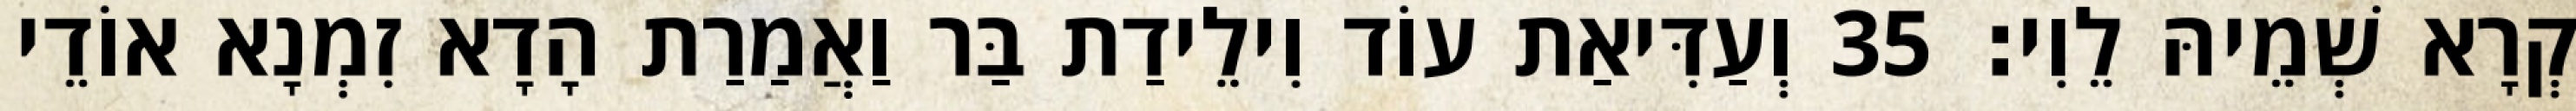
קְרָא שְׁמֵיהּ לֵוִי׃ 35 וְעַדִּיאַת עוֹד וִילֵידַת בַּר וַאֲמַרַת הָדָא זִמְנָא אוֹדֵי